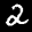
Label: 2